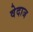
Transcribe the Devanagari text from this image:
वेदाज